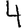
Digit: 4